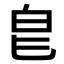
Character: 𭽇